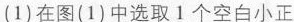
(1)在图(1)中选取1个空白小正